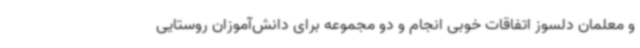
و معلمان دلسوز اتفاقات خوبی انجام و دو مجموعه برای دانش‌آموزان روستایی